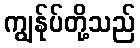
ကျွန်ုပ်တို့သည်